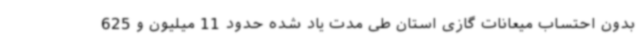
بدون احتساب میعانات گازی استان طی مدت یاد شده حدود 11 میلیون و 625